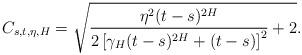
LaTeX: \begin{align*}C_{s,t,\eta,H}=\sqrt{\frac{\eta^{2}(t-s)^{2H}}{2\left[\gamma_{H}(t-s)^{2H}+(t-s)\right]^{2}}+2}.\end{align*}